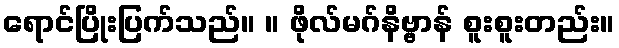
ရောင်ပြိုးပြက်သည်။ ။ ဖိုလ်မဂ်နိဗ္ဗာန် စူးစူးတည်း။